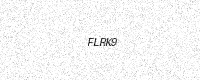
Text: FLRK9